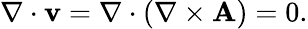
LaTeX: \nabla\cdot\mathbf{v}=\nabla\cdot(\nabla\times\mathbf{A})=0.